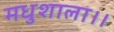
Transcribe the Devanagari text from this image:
मधुशाला।।